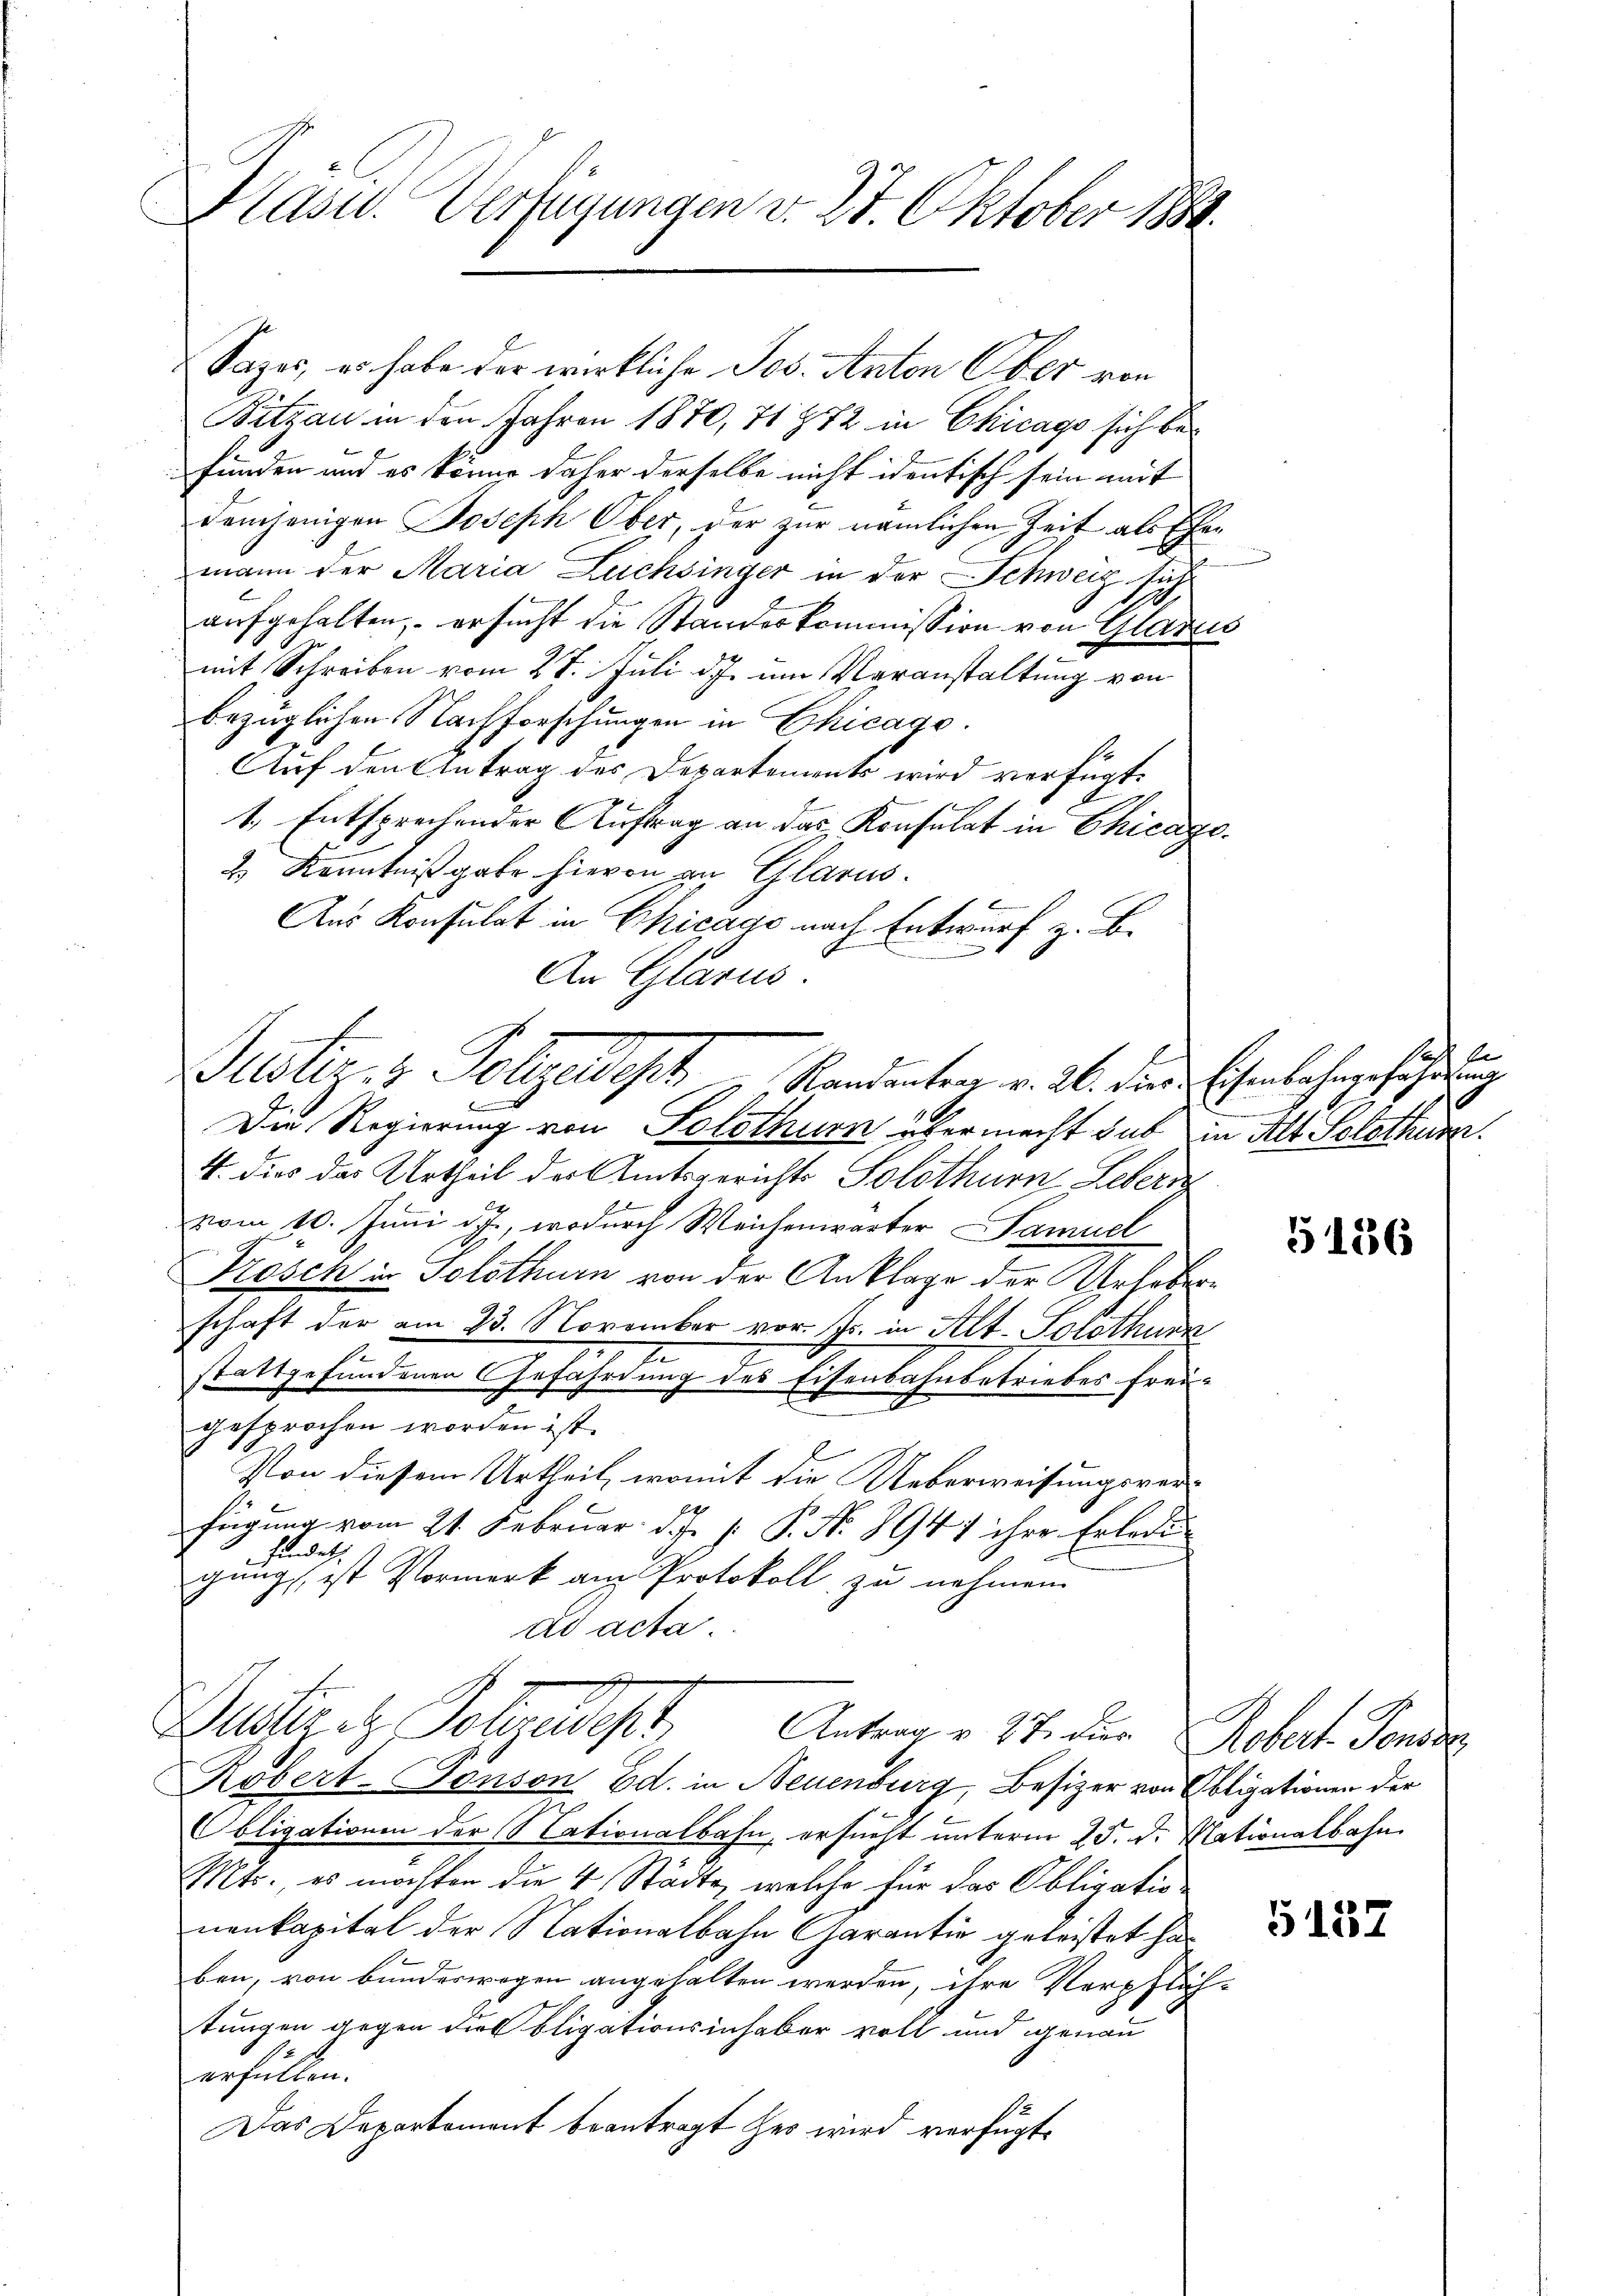
Plasur. Verfügungen v. 24. Oktober 1884.

Sazar, es habe der wirkliche Jos. Anton Ober von
Bitzau in den Jahren 1870, 71 872 in Chicago sich befunden und es könne daher derselbe nicht identisch sein mit
demjenigen Joseph Ober, der zur nämlichen Zeit als Ehemann der Maria Leichsinger in der Schweiz sich
.
aufgehalten, ersucht die Standeskommission von Glarus
mit Schreiben vom 28. Juli d.J. um Veranstaltung von
bezüglichen Nachforschungen in Chicago.
Auf den Antrag des Departements wird verfügt:
1. Entsprechender Auftrag an das Konsulat in Chicago
2.) Kenntnißgabe hievon an Glarus.
Aus Konsulat in Chicago nach Entwurf z. B.
An Glarus.
Die Regierung von Solothurn übermacht hab in Alt Solothur.
4. dies das Urtheil der Amtsgerichts Solothurn Lebern
vom 10. Juni d. J., wodurch Weichenwarter Samuel
Frosch in Solothurn von der Anklage der Urheberschaft der am 23. November vor. Js. in Alt. Solothurn
.
e
stattgefundenen Gefährdung des Eisenbahnbetriebes freigesprochen worden ist.
Von diesem Urtheil, womit die Ueberweisungsverb
fügung vom 21. Februar d. J. J. P. Nr. 8947 ihre Erledifindet.
gung ist Vormerk am Protokoll zu nehmen.
ad acta.

Maitach Schadet
Antrag v. 27. der Robert Fonds
Kobert-Tonson Ed. in Neuenburg, Besizer von Poliationen der
bligationen der Nationalbahn, ersucht unterm 25. d. Nationalbahn
Mts., es möchten die 4 Städte, welche für das Obligationenkapital der Nationalbahn Garantie geleistet haben, von Bundeswegen angehalten werden, ihre Verpflich-
tungen gegen dies bligationsinhaber voll und genau
erfüllen.
Das Departement beantragt her wird verfügt,

Justiz & Polizeltest. " Kandanten v. 26. den Ehenbahnerfahrung

s
.

5186

5152